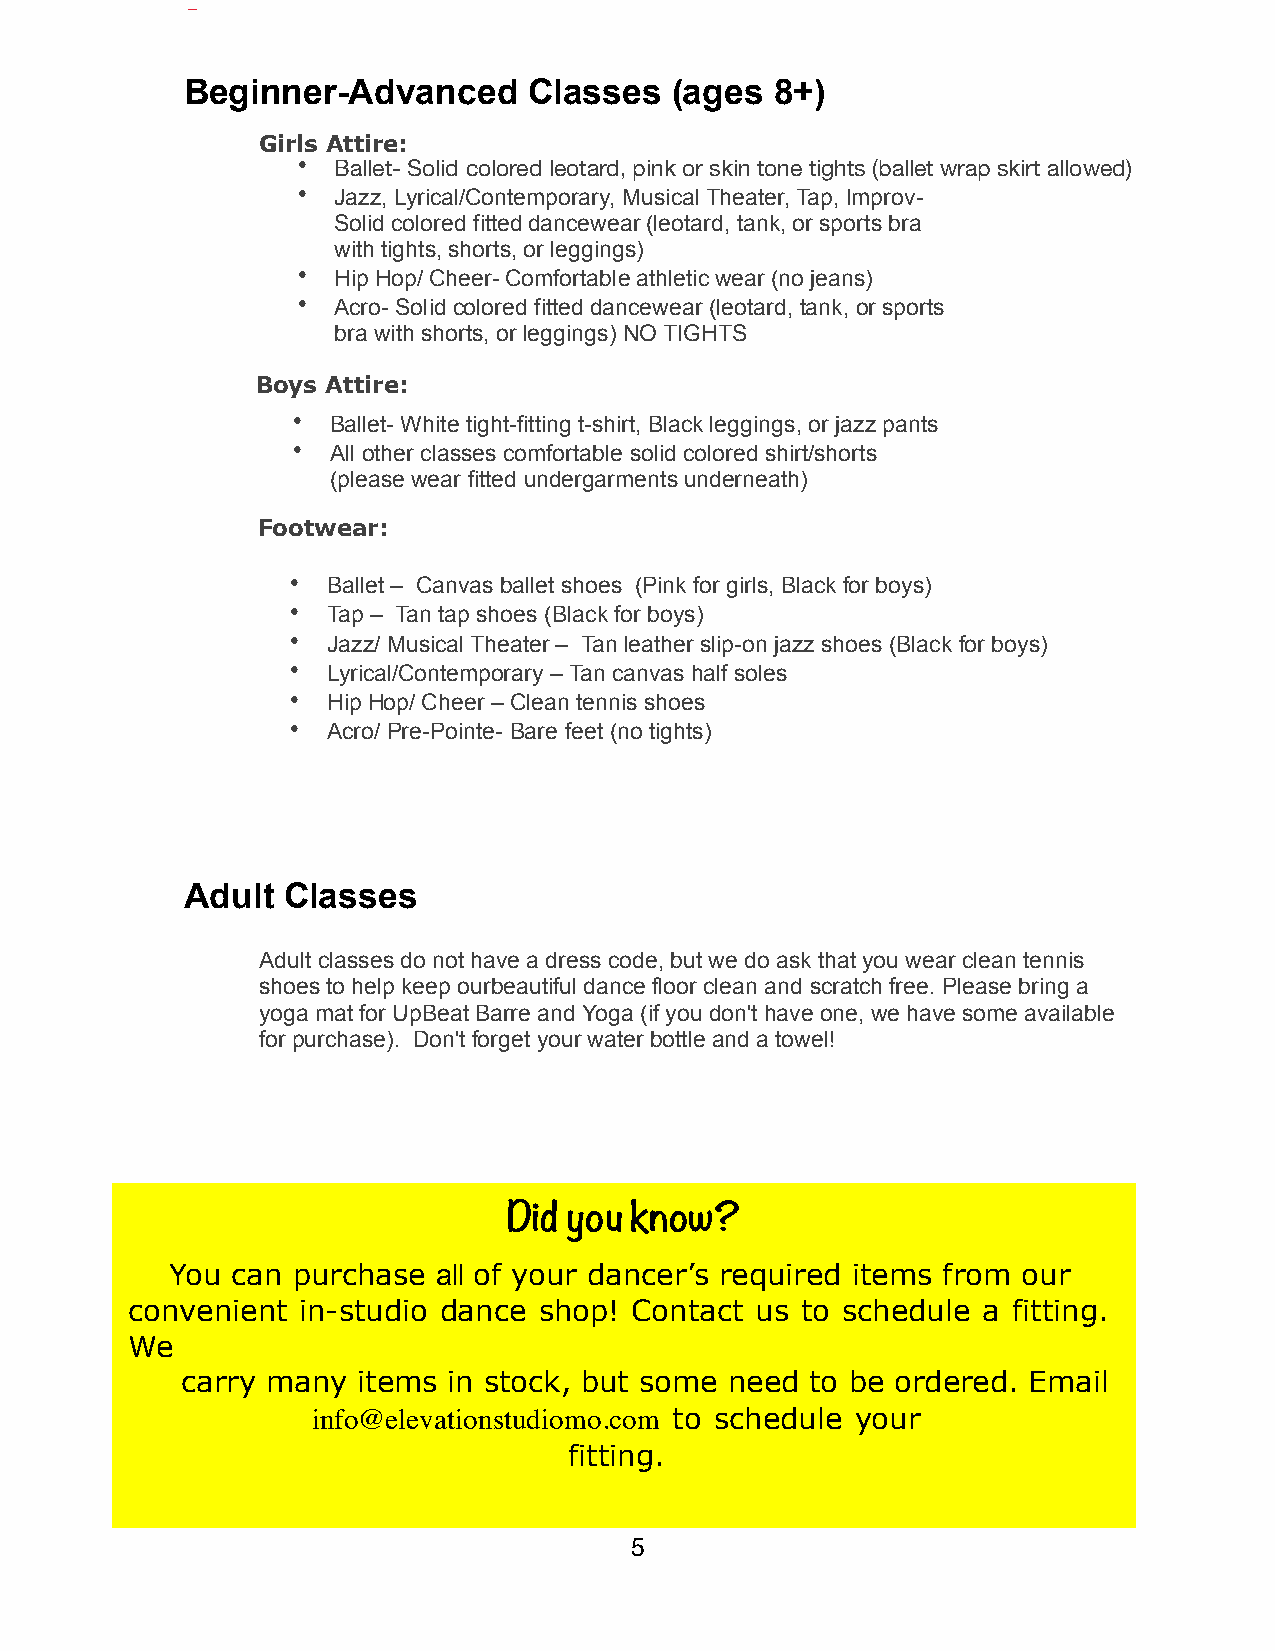
Beginner-Advanced      Classes  (ages  8+)
 Girls Attire:
 • Ballet- Solid colored leotard, pink or skin tone tights (ballet wrap skirt allowed)
 • Jazz, Lyrical/Contemporary, Musical Theater, Tap, Improv-
 Solid colored fitted dancewear (leotard, tank, or sports bra
 with tights, shorts, or leggings)
 • Hip Hop/ Cheer- Comfortable athletic wear (no jeans)
 • Acro- Solid colored fitted dancewear (leotard, tank, or sports
 bra with shorts, or leggings) NO TIGHTS
 Boys Attire:
 •  Ballet- White tight-fitting t-shirt, Black leggings, or jazz pants
 •  All other classes comfortable solid colored shirt/shorts
 (please wear fitted undergarments underneath)
 Footwear:
 •  Ballet – Canvas ballet shoes (Pink for girls, Black for boys)
 •  Tap – Tan tap shoes (Black for boys)
 •  Jazz/ Musical Theater – Tan leather slip-on jazz shoes (Black for boys)
 •  Lyrical/Contemporary – Tan canvas half soles
 •  Hip Hop/ Cheer – Clean tennis shoes
 •  Acro/ Pre-Pointe- Bare feet (no tights)
 Adult  Classes
 Adult classes do not have a dress code, but we do ask that you wear clean tennis
 shoes to help keep our beautiful dance floor clean and scratch free. Please bring a
 yoga mat for UpBeat Barre and Yoga (if you don't have one, we have some available
 for purchase). Don't forget your water bottle and a towel!
 Did you know?
 You can purchase  all of your dancer’s required items from our
 convenient  in-studio dance shop! Contact us to schedule a fitting.
 We
 carry many  items in stock, but some need to be ordered. Email
 info@elevationstudiomo.com to schedule your
 fitting.
 5